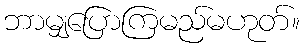
ဘာမျှပြောကြမည်မဟုတ်။